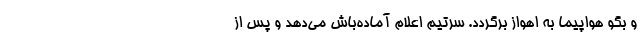
و بگو هواپیما به اهواز برگردد. سرتیم اعلام آماده‌باش می‌دهد و پس از